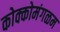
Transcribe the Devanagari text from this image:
कोक्कोमंगळम